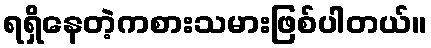
ရရှိနေတဲ့ကစားသမားဖြစ်ပါတယ်။